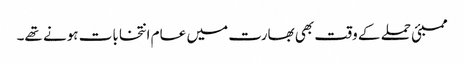
ممبئی حملے کے وقت بھی بھارت میں عام انتخابات ہونے تھے۔